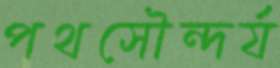
পথসৌন্দর্য